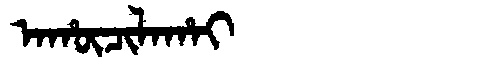
Manchu: ᠠᡥᡡᠴᡳᠯᠠᡥᠠᡳ
Romanization: AHŪCILAHAI